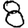
Digit: 8